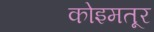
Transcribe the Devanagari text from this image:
कोइमतूर